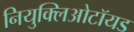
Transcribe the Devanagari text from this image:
नियुक्लिओटॉयड